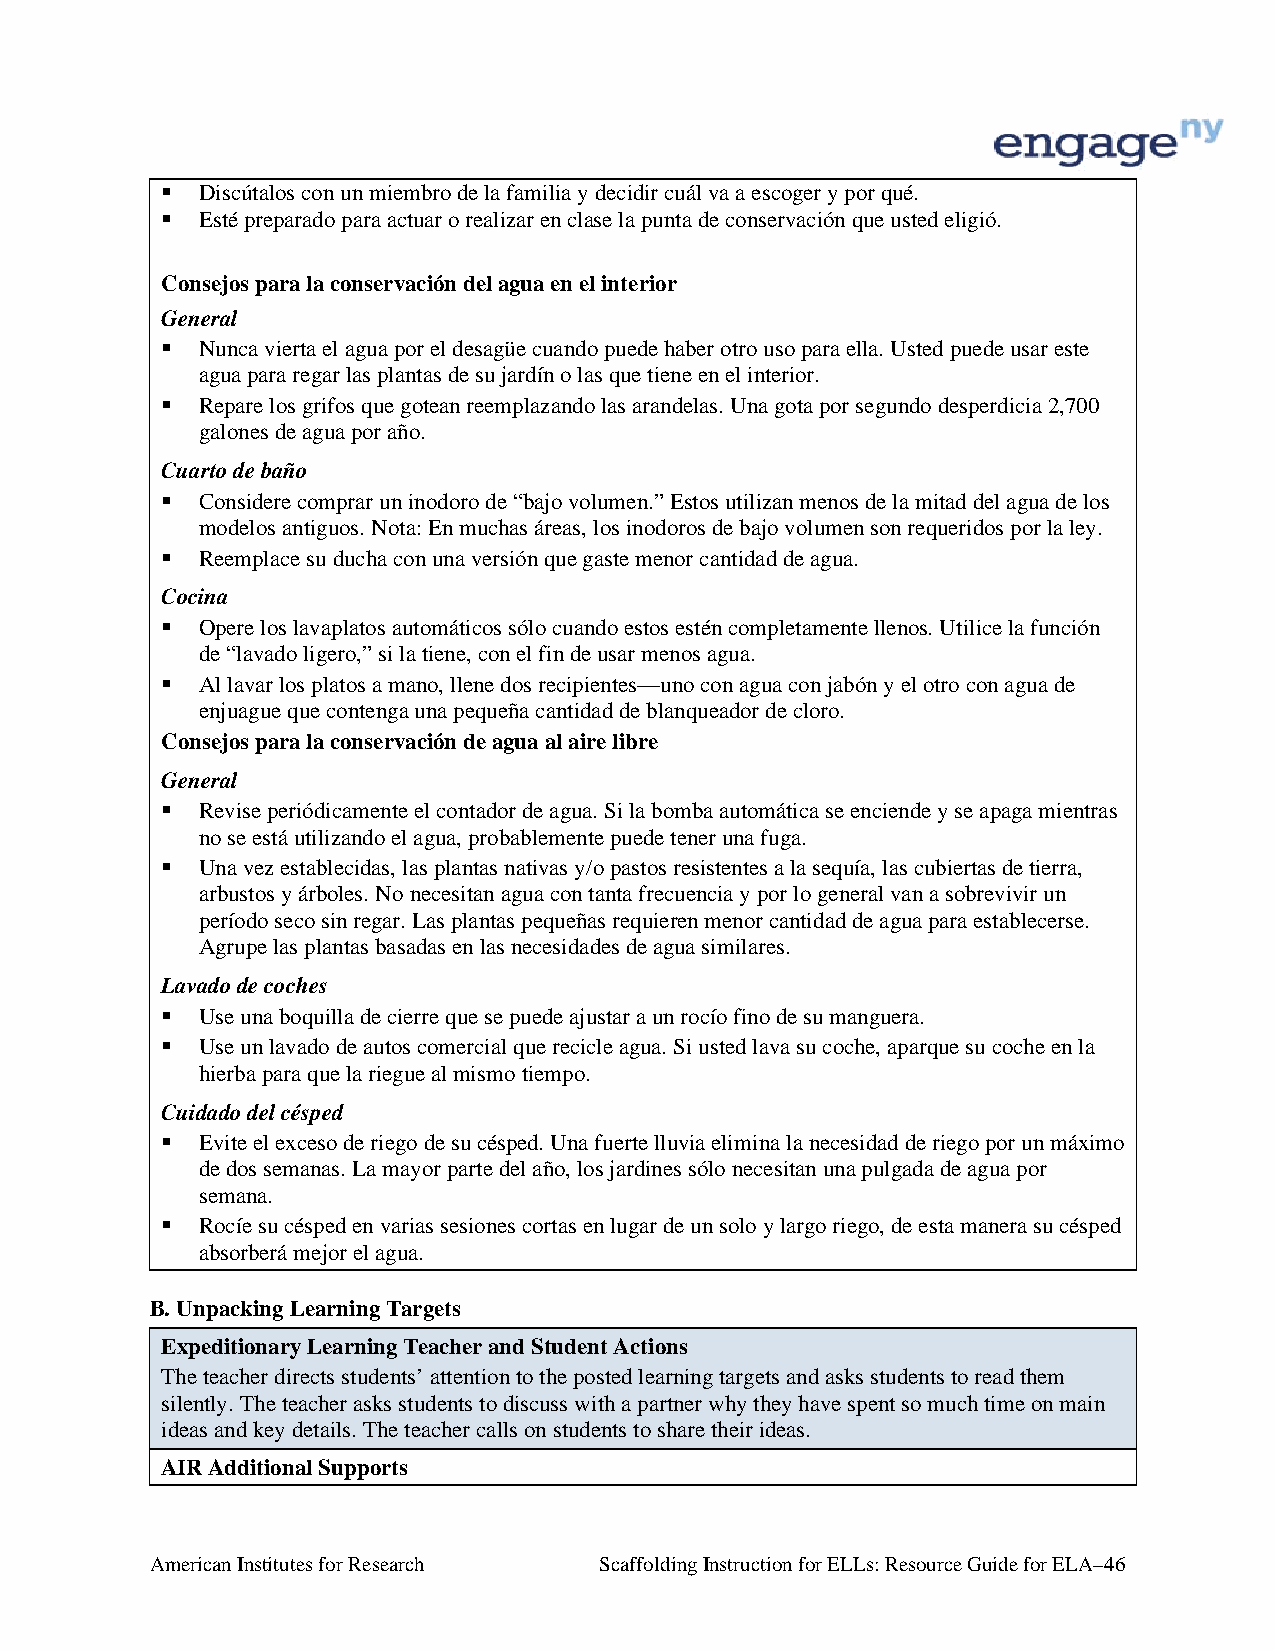
 Discútalos con un miembro de la familia y decidir cuál va a escoger y por qué.
  Esté preparado para actuar o realizar en clase la punta de conservación que usted eligió.
 Consejos para la conservación del agua en el interior
 General
  Nunca vierta el agua por el desagüe cuando puede haber otro uso para ella. Usted puede usar este
 agua para regar las plantas de su jardín o las que tiene en el interior.
  Repare los grifos que gotean reemplazando las arandelas. Una gota por segundo desperdicia 2,700
 galones de agua por año.
 Cuarto de baño
  Considere comprar un inodoro de “bajo volumen.” Estos utilizan menos de la mitad del agua de los
 modelos antiguos. Nota: En muchas áreas, los inodoros de bajo volumen son requeridos por la ley.
  Reemplace su ducha con una versión que gaste menor cantidad de agua.
 Cocina
  Opere los lavaplatos automáticos sólo cuando estos estén completamente llenos. Utilice la función
 de “lavado ligero,” si la tiene, con el fin de usar menos agua.
  Al lavar los platos a mano, llene dos recipientes—uno con agua con jabón y el otro con agua de
 enjuague que contenga una pequeña cantidad de blanqueador de cloro.
 Consejos para la conservación de agua al aire libre
 General
  Revise periódicamente el contador de agua. Si la bomba automática se enciende y se apaga mientras
 no se está utilizando el agua, probablemente puede tener una fuga.
  Una vez establecidas, las plantas nativas y/o pastos resistentes a la sequía, las cubiertas de tierra,
 arbustos y árboles. No necesitan agua con tanta frecuencia y por lo general van a sobrevivir un
 período seco sin regar. Las plantas pequeñas requieren menor cantidad de agua para establecerse.
 Agrupe las plantas basadas en las necesidades de agua similares.
 Lavado de coches
  Use una boquilla de cierre que se puede ajustar a un rocío fino de su manguera.
  Use un lavado de autos comercial que recicle agua. Si usted lava su coche, aparque su coche en la
 hierba para que la riegue al mismo tiempo.
 Cuidado del césped
  Evite el exceso de riego de su césped. Una fuerte lluvia elimina la necesidad de riego por un máximo
 de dos semanas. La mayor parte del año, los jardines sólo necesitan una pulgada de agua por
 semana.
  Rocíe su césped en varias sesiones cortas en lugar de un solo y largo riego, de esta manera su césped
 absorberá mejor el agua.
 B. Unpacking Learning Targets
 Expeditionary Learning Teacher and Student Actions
 The teacher directs students’ attention to the posted learning targets and asks students to read them
 silently. The teacher asks students to discuss with a partner why they have spent so much time on main
 ideas and key details. The teacher calls on students to share their ideas.
 AIR Additional Supports
 American Institutes for Research Scaffolding Instruction for ELLs: Resource Guide for ELA–46